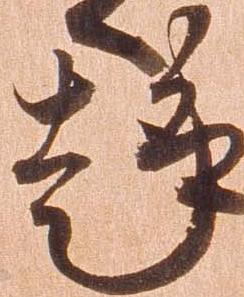
趣